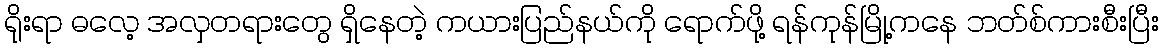
ရိုးရာ ဓလေ့ အလှတရားတွေ ရှိနေတဲ့ ကယားပြည်နယ်ကို ရောက်ဖို့ ရန်ကုန်မြို့ကနေ ဘတ်စ်ကားစီးပြီး